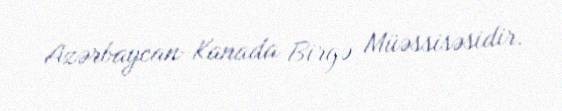
Azərbaycan-Kanada Birgə Müəssisəsidir.